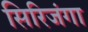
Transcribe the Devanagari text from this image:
सिरिजंगा